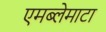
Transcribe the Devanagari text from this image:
एमब्लेमाटा